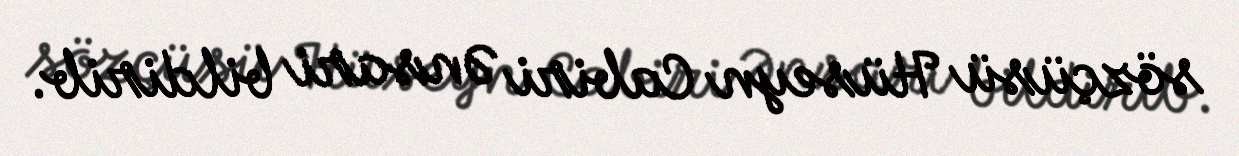
sözçüsü Hüseyn Cabiri Ənsari bildirib.